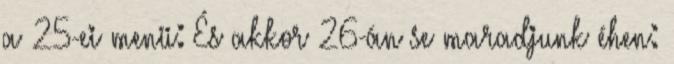
a 25-ei menü: És akkor 26-án se maradjunk éhen: